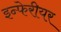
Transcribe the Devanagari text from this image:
इन्फेरीयर